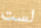
لست